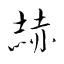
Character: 赫